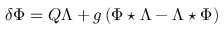
\delta \Phi = Q \Lambda + g \left( \Phi \star \Lambda - \Lambda \star \Phi \right)